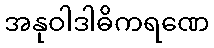
အနုဝါဒါဓိကရဏေ